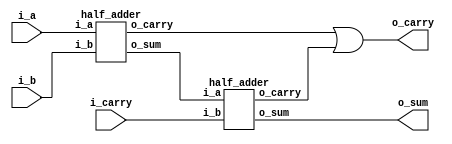
/* Half and full adders */

module full_adder(i_a, i_b, i_carry, o_sum, o_carry);
  input i_a, i_b, i_carry;
  output o_sum, o_carry;
  wire sum1, carry1, carry2;
  
  half_adder inst1(i_a, i_b, sum1, carry1);
  half_adder inst2(sum1, i_carry, o_sum, carry2);
  or inst3(o_carry, carry1, carry2);
 
endmodule

module half_adder(i_a, i_b, o_sum, o_carry);
  input i_a, i_b;
  output o_sum, o_carry;
  
  and inst1(o_carry, i_a, i_b);
  xor inst2(o_sum, i_a, i_b);  
  
endmodule